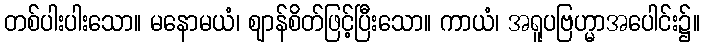
တစ်ပါးပါးသော။ မနောမယံ၊ ဈာန်စိတ်ဖြင့်ပြီးသော။ ကာယံ၊ အရူပဗြဟ္မာအပေါင်း၌။